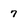
Character: 7